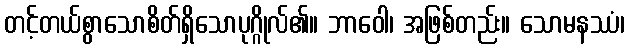
တင့်တယ်စွာသောစိတ်ရှိသောပုဂ္ဂိုလ်၏။ ဘာဝေါ၊ အဖြစ်တည်း။ သောမနဿံ၊